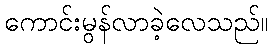
ကောင်းမွန်လာခဲ့လေသည်။